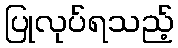
ပြုလုပ်ရသည့်